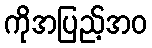
ကိုအပြည့်အဝ